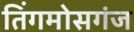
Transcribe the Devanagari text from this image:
तिंगमोसगंज